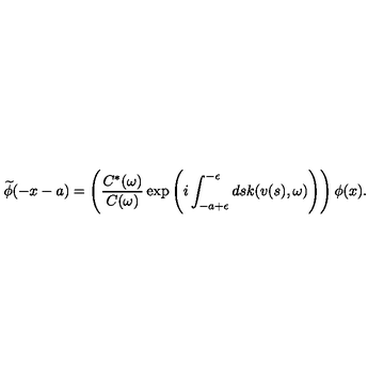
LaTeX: \widetilde { \phi } ( - x - a ) = \Biggl ( \frac { C ^ { * } ( \omega ) } { C ( \omega ) } \exp \left( i \int _ { - a + \epsilon } ^ { - \epsilon } d s k ( v ( s ) , \omega ) \Biggr ) \right) \phi ( x ) .